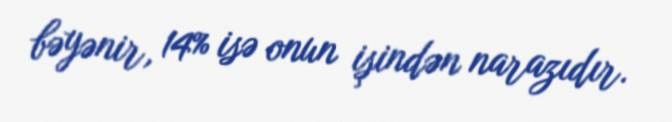
bəyənir, 14% isə onun işindən narazıdır.